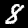
Digit: 8